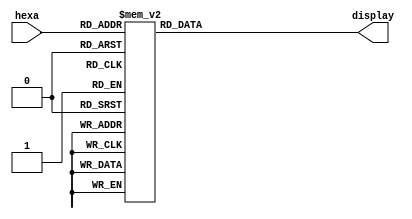
module hexa7seg (hexa, display);
    input      [3:0] hexa;
    output reg [3:0] display;

    /*
     *    ---
     *   | 0 |
     * 5 |   | 1
     *   |   |
     *    ---
     *   | 6 |
     * 4 |   | 2
     *   |   |
     *    ---
     *     3
     */
        
    always @(hexa)
    case (hexa)
        4'h0:    display = 4'h0;
        4'h1:    display = 4'h1;
        4'h2:    display = 4'h2;
        4'h3:    display = 4'h3;
        4'h4:    display = 4'h4;
        4'h5:    display = 4'h5;
        4'h6:    display = 4'h6;
        4'h7:    display = 4'h7;
        4'h8:    display = 4'h8;
        4'h9:    display = 4'h9;
        4'ha:    display = 4'ha;
        4'hb:    display = 4'hb;
        4'hc:    display = 4'hc;
        4'hd:    display = 4'hd;
        4'he:    display = 4'he;
        4'hf:    display = 4'hf;
        default: display = 4'h0;
    endcase
endmodule